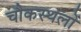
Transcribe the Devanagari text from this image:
चौकस्थलों